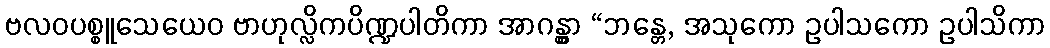
ဗလဝပစ္စူသေယေဝ ဗာဟုလ္လိကပိဏ္ဍပါတိကာ အာဂန္တွာ “ဘန္တေ, အသုကော ဥပါသကော ဥပါသိကာ